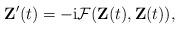
LaTeX: \begin{align*}\mathbf{Z}'(t)=-\mathrm i\mathcal{F}(\mathbf{Z}(t),\mathbf{Z}(t)),\end{align*}